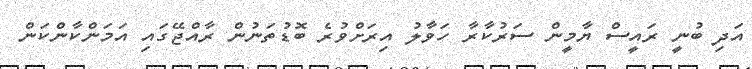
އަދި ބުނީ ރައީސް ޔާމީން ސަރުކާރާ ހަވާލު އިރަށްވުރެ ބޮޑުތަނުން ރާއްޖޭގައި އަމަންކާންކަން